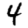
Digit: 4